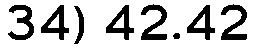
34) 42.42